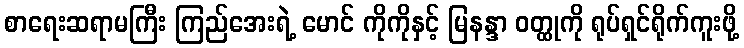
စာရေးဆရာမကြီး ကြည်အေးရဲ့ မောင် ကိုကိုနှင့် မြနန္ဒာ ဝတ္ထုကို ရုပ်ရှင်ရိုက်ကူးဖို့